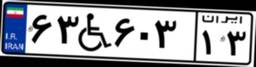
۷۲W۷۴۲۵۵